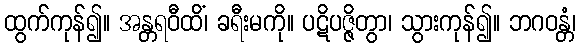
ထွက်ကုန်၍။ အန္တရဝီထိံ၊ ခရီးမကို။ ပဋိပဇ္ဇိတွာ၊ သွားကုန်၍။ ဘဂဝန္တံ၊